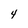
Character: 4